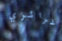
غرائزي